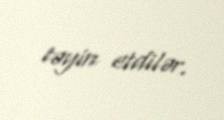
təyin etdilər.